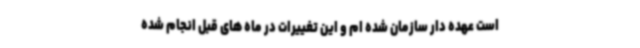
است عهده دار سازمان شده ام و این تغییرات در ماه های قبل انجام شده